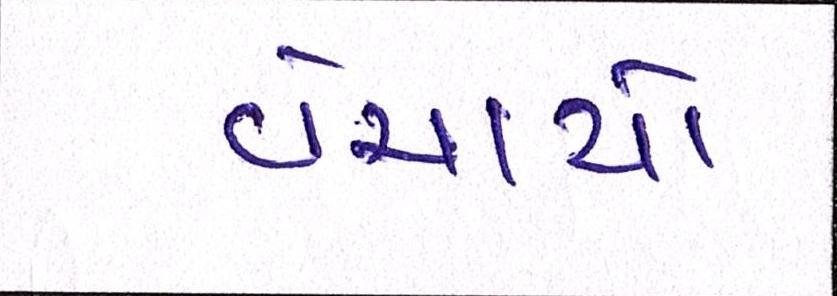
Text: વેચાયો